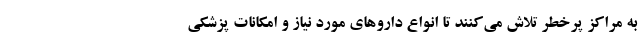
به مراکز پرخطر تلاش می‌کنند تا انواع داروهای مورد نیاز و امکانات پزشکی